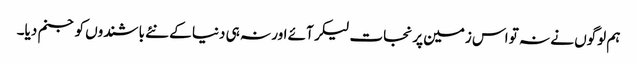
ہم لوگوں نے نہ تو اس زمین پر نجات لیکر آئے اور نہ ہی دنیا کے نئے باشندوں کو جنم دیا۔